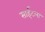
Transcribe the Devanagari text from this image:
साईटला